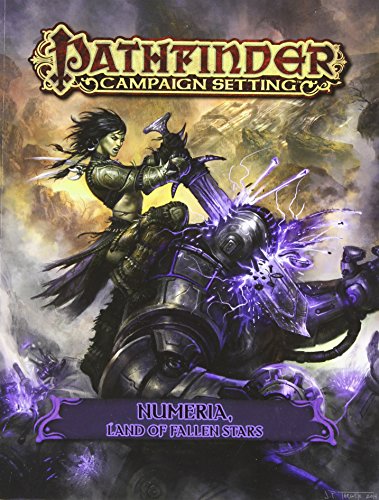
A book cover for Pathfinder Campaign Setting: Numeria, Land of Fallen Stars; Paizo Publishing; Science Fiction & Fantasy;